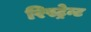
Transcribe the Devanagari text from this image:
रिस्ट्रेन्ट